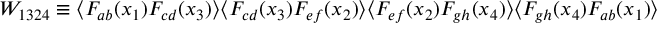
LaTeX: W _ { 1 3 2 4 } \equiv \langle F _ { a b } ( x _ { 1 } ) F _ { c d } ( x _ { 3 } ) \rangle \langle F _ { c d } ( x _ { 3 } ) F _ { e f } ( x _ { 2 } ) \rangle \langle F _ { e f } ( x _ { 2 } ) F _ { g h } ( x _ { 4 } ) \rangle \langle F _ { g h } ( x _ { 4 } ) F _ { a b } ( x _ { 1 } ) \rangle